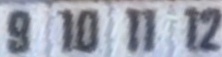
9 10 11 12